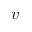
v